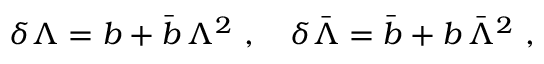
\delta \Lambda = b + \bar { b } \, \Lambda ^ { 2 } ~ , \quad \delta \bar { \Lambda } = \bar { b } + b \, \bar { \Lambda } ^ { 2 } ~ ,